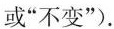
或”不变”